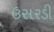
ઉસરડી